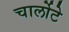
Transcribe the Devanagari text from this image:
चार्लोटे